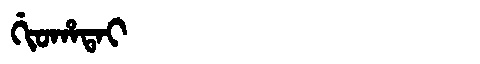
Manchu: ᡤᡳᠣᡥᠠᡨᠠᡳ
Romanization: GIOHATAI